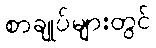
စာချုပ်များတွင်